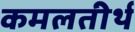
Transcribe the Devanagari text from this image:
कमलतीर्थ